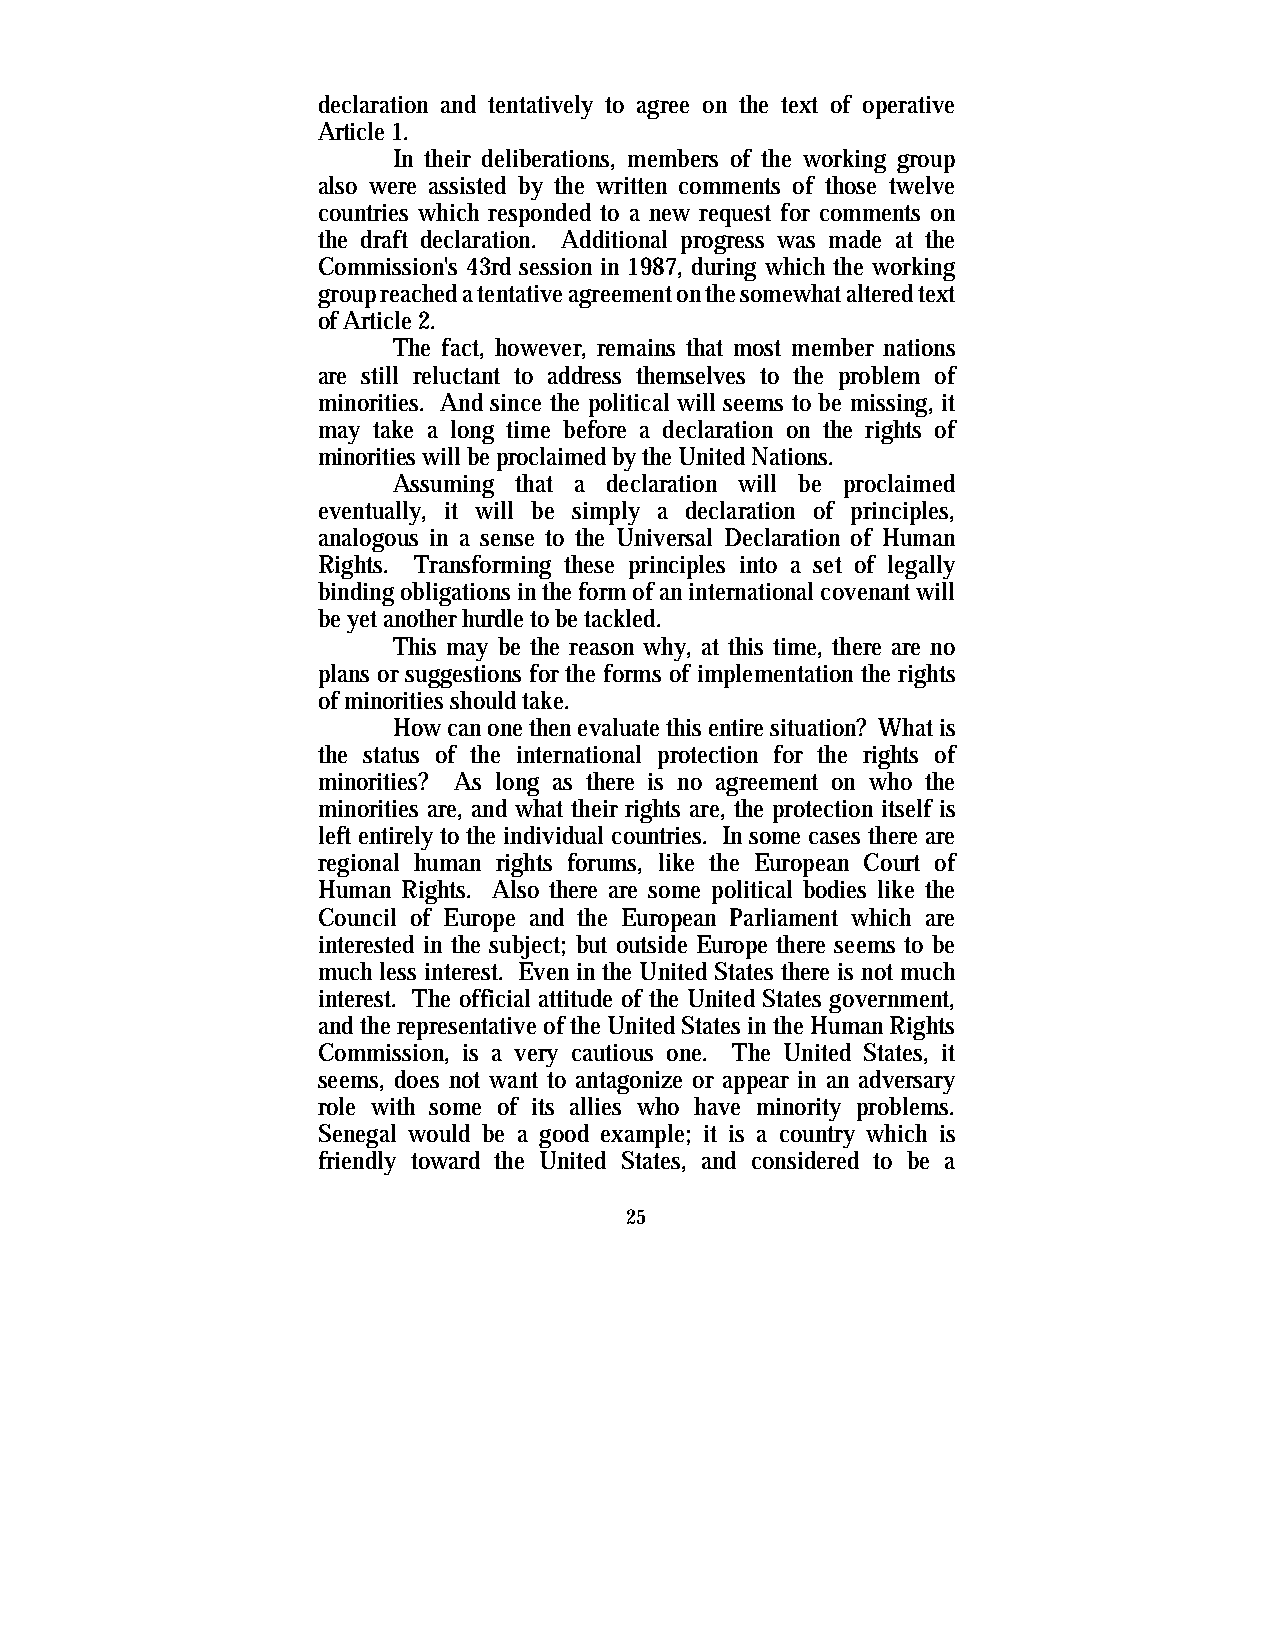
declaration and tentatively to agree on the text of operative
 Article 1.
 In their deliberations, members of the working group
 also were assisted by the written comments of those twelve
 countries which responded to a new request for comments on
 the draft declaration. Additional progress was made at the
 Commission's 43rd session in 1987, during which the working
 group reached a tentative agreement on the somewhat altered text
 of Article 2.
 The fact, however, remains that most member nations
 are still reluctant to address themselves to the problem of
 minorities. And since the political will seems to be missing, it
 may take a long time before a declaration on the rights of
 minorities will be proclaimed by the United Nations.
 Assuming that a declaration will be proclaimed
 eventually, it will be simply a declaration of principles,
 analogous in a sense to the Universal Declaration of Human
 Rights. Transforming these principles into a set of legally
 binding obligations in the form of an international covenant will
 be yet another hurdle to be tackled.
 This may be the reason why, at this time, there are no
 plans or suggestions for the forms of implementation the rights
 of minorities should take.
 How can one then evaluate this entire situation? What is
 the status of the international protection for the rights of
 minorities? As long as there is no agreement on who the
 minorities are, and what their rights are, the protection itself is
 left entirely to the individual countries. In some cases there are
 regional human rights forums, like the European Court of
 Human Rights. Also there are some political bodies like the
 Council of Europe and the European Parliament which are
 interested in the subject; but outside Europe there seems to be
 much less interest. Even in the United States there is not much
 interest. The official attitude of the United States government,
 and the representative of the United States in the Human Rights
 Commission, is a very cautious one. The United States, it
 seems, does not want to antagonize or appear in an adversary
 role with some of its allies who have minority problems.
 Senegal would be a good example; it is a country which is
 friendly toward the United States, and considered to be a
 25